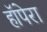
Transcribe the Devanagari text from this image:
हॉपेरा